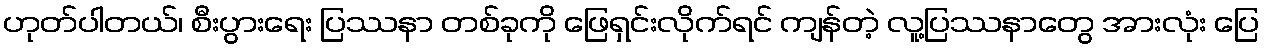
ဟုတ်ပါတယ်၊ စီးပွားရေး ပြဿနာ တစ်ခုကို ဖြေရှင်းလိုက်ရင် ကျန်တဲ့ လူ့ပြဿနာတွေ အားလုံး ပြေ